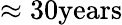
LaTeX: \approx{\mathrm{30years}}